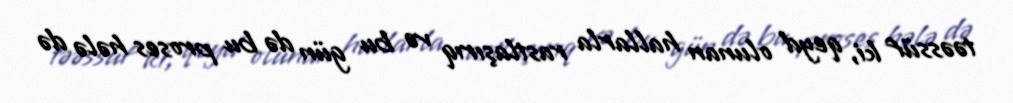
təəssüf ki, qeyd olunan hallarla rastlaşırıq və bu gün də bu proses hələ də